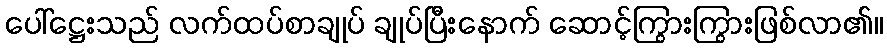
ပေါ်ဋ္ဌေးသည် လက်ထပ်စာချုပ် ချုပ်ပြီးနောက် ဆောင့်ကြွားကြွားဖြစ်လာ၏။